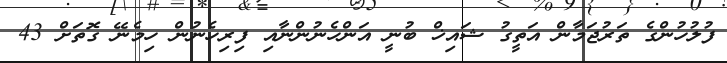
ފުލުހުންގެ ތަރުޖަމާން އަތީގު ޝައިޚް ބުނީ އަންހެނުންނާއި ފިރިހެނުން ހިމެނޭ ގޮތަށް 43